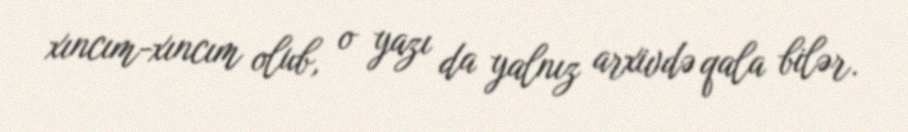
xıncım-xıncım olub, o yazı da yalnız arxivdə qala bilər.